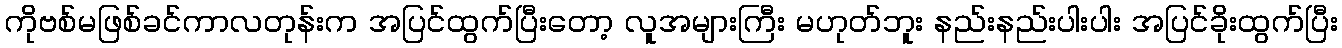
ကိုဗစ်မဖြစ်ခင်ကာလတုန်းက အပြင်ထွက်ပြီးတော့ လူအများကြီး မဟုတ်ဘူး နည်းနည်းပါးပါး အပြင်ခိုးထွက်ပြီး